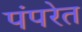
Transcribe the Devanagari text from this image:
पंपरेत